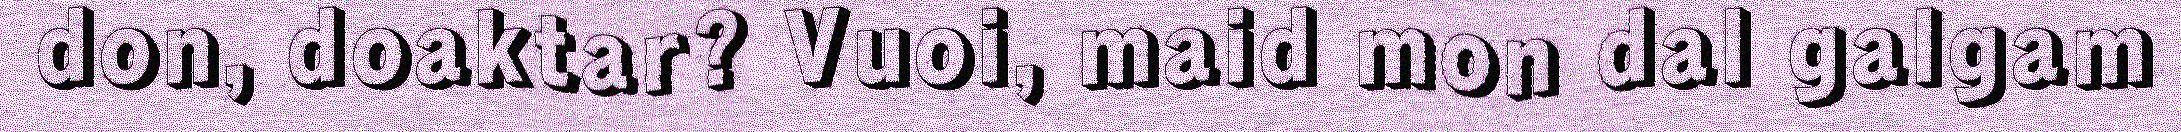
don, doaktar? Vuoi, maid mon dal galgam